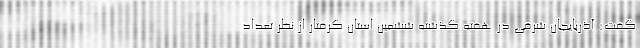
گفت: آذربایجان شرقی در هفته گذشته ششمین استان گرفتار از نظر تعداد